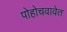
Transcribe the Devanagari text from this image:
पोहोचवावेत